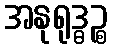
အနုရုဒ္ဓဉ္စ